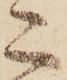
こ